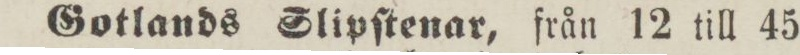
Sotlands Slipſtenar, från 12 till 45